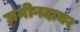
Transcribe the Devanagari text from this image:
ज़मीनदावर